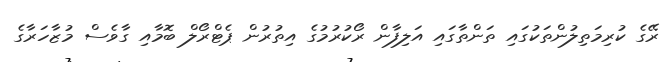
ރޭގެ ކުރިމަތިލުންތަކުގައި ތަންތާގައި އަލިފާން ރޯކުރުމުގެ އިތުރުން ޕެޓްރޯލް ބޮމާއި ގާވެސް މުޒާހަރާގެ